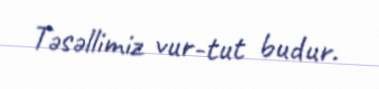
Təsəllimiz vur-tut budur.